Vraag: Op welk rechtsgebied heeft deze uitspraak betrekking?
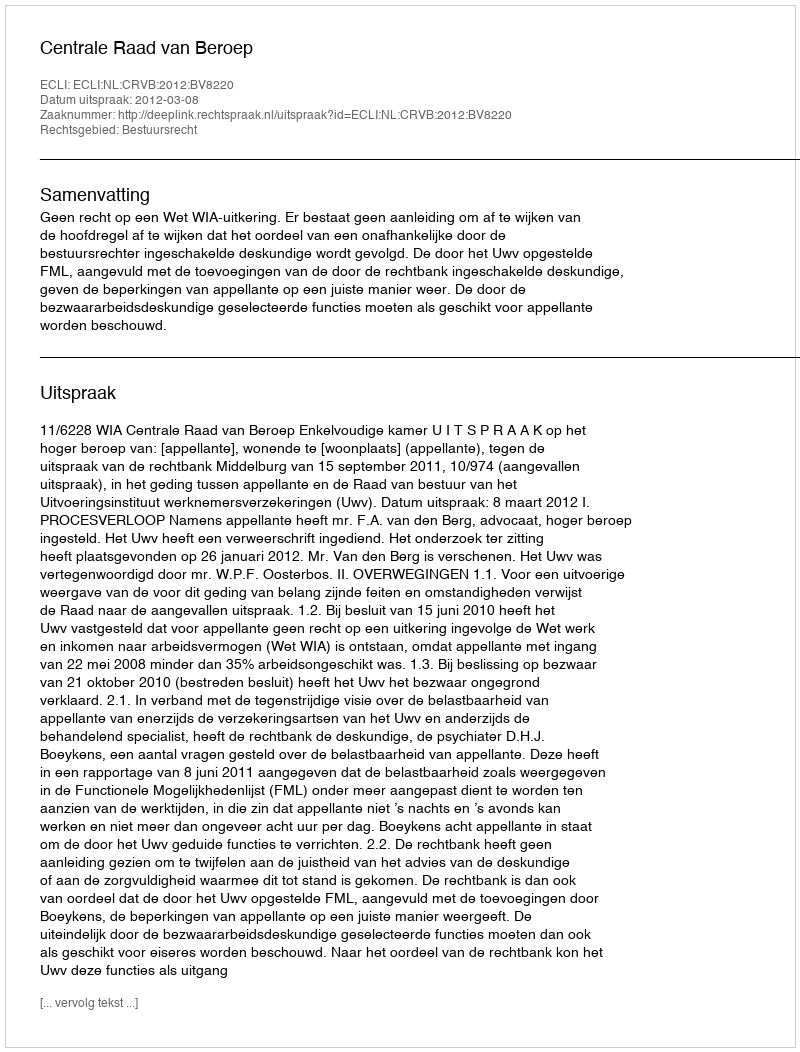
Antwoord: Bestuursrecht